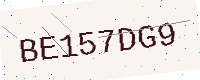
Text: BE157DG9